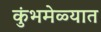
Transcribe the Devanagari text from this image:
कुंभमेळ्यात